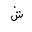
Letter: _shin